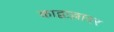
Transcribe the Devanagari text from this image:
काद्वाल्लादर